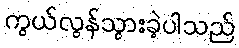
ကွယ်လွန်သွားခဲ့ပါသည်